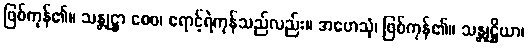
ဖြစ်ကုန်၏။ သန္တုဋ္ဌာ စေဝ၊ ရောင့်ရဲကုန်သည်လည်း။ အဟေသုံ၊ ဖြစ်ကုန်၏။ သန္တုဋ္ဌိယာ၊